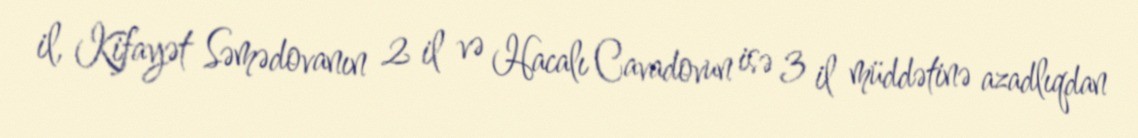
il, Kifayət Səmədovanın 2 il və Hacalı Cavadovun isə 3 il müddətinə azadlıqdan